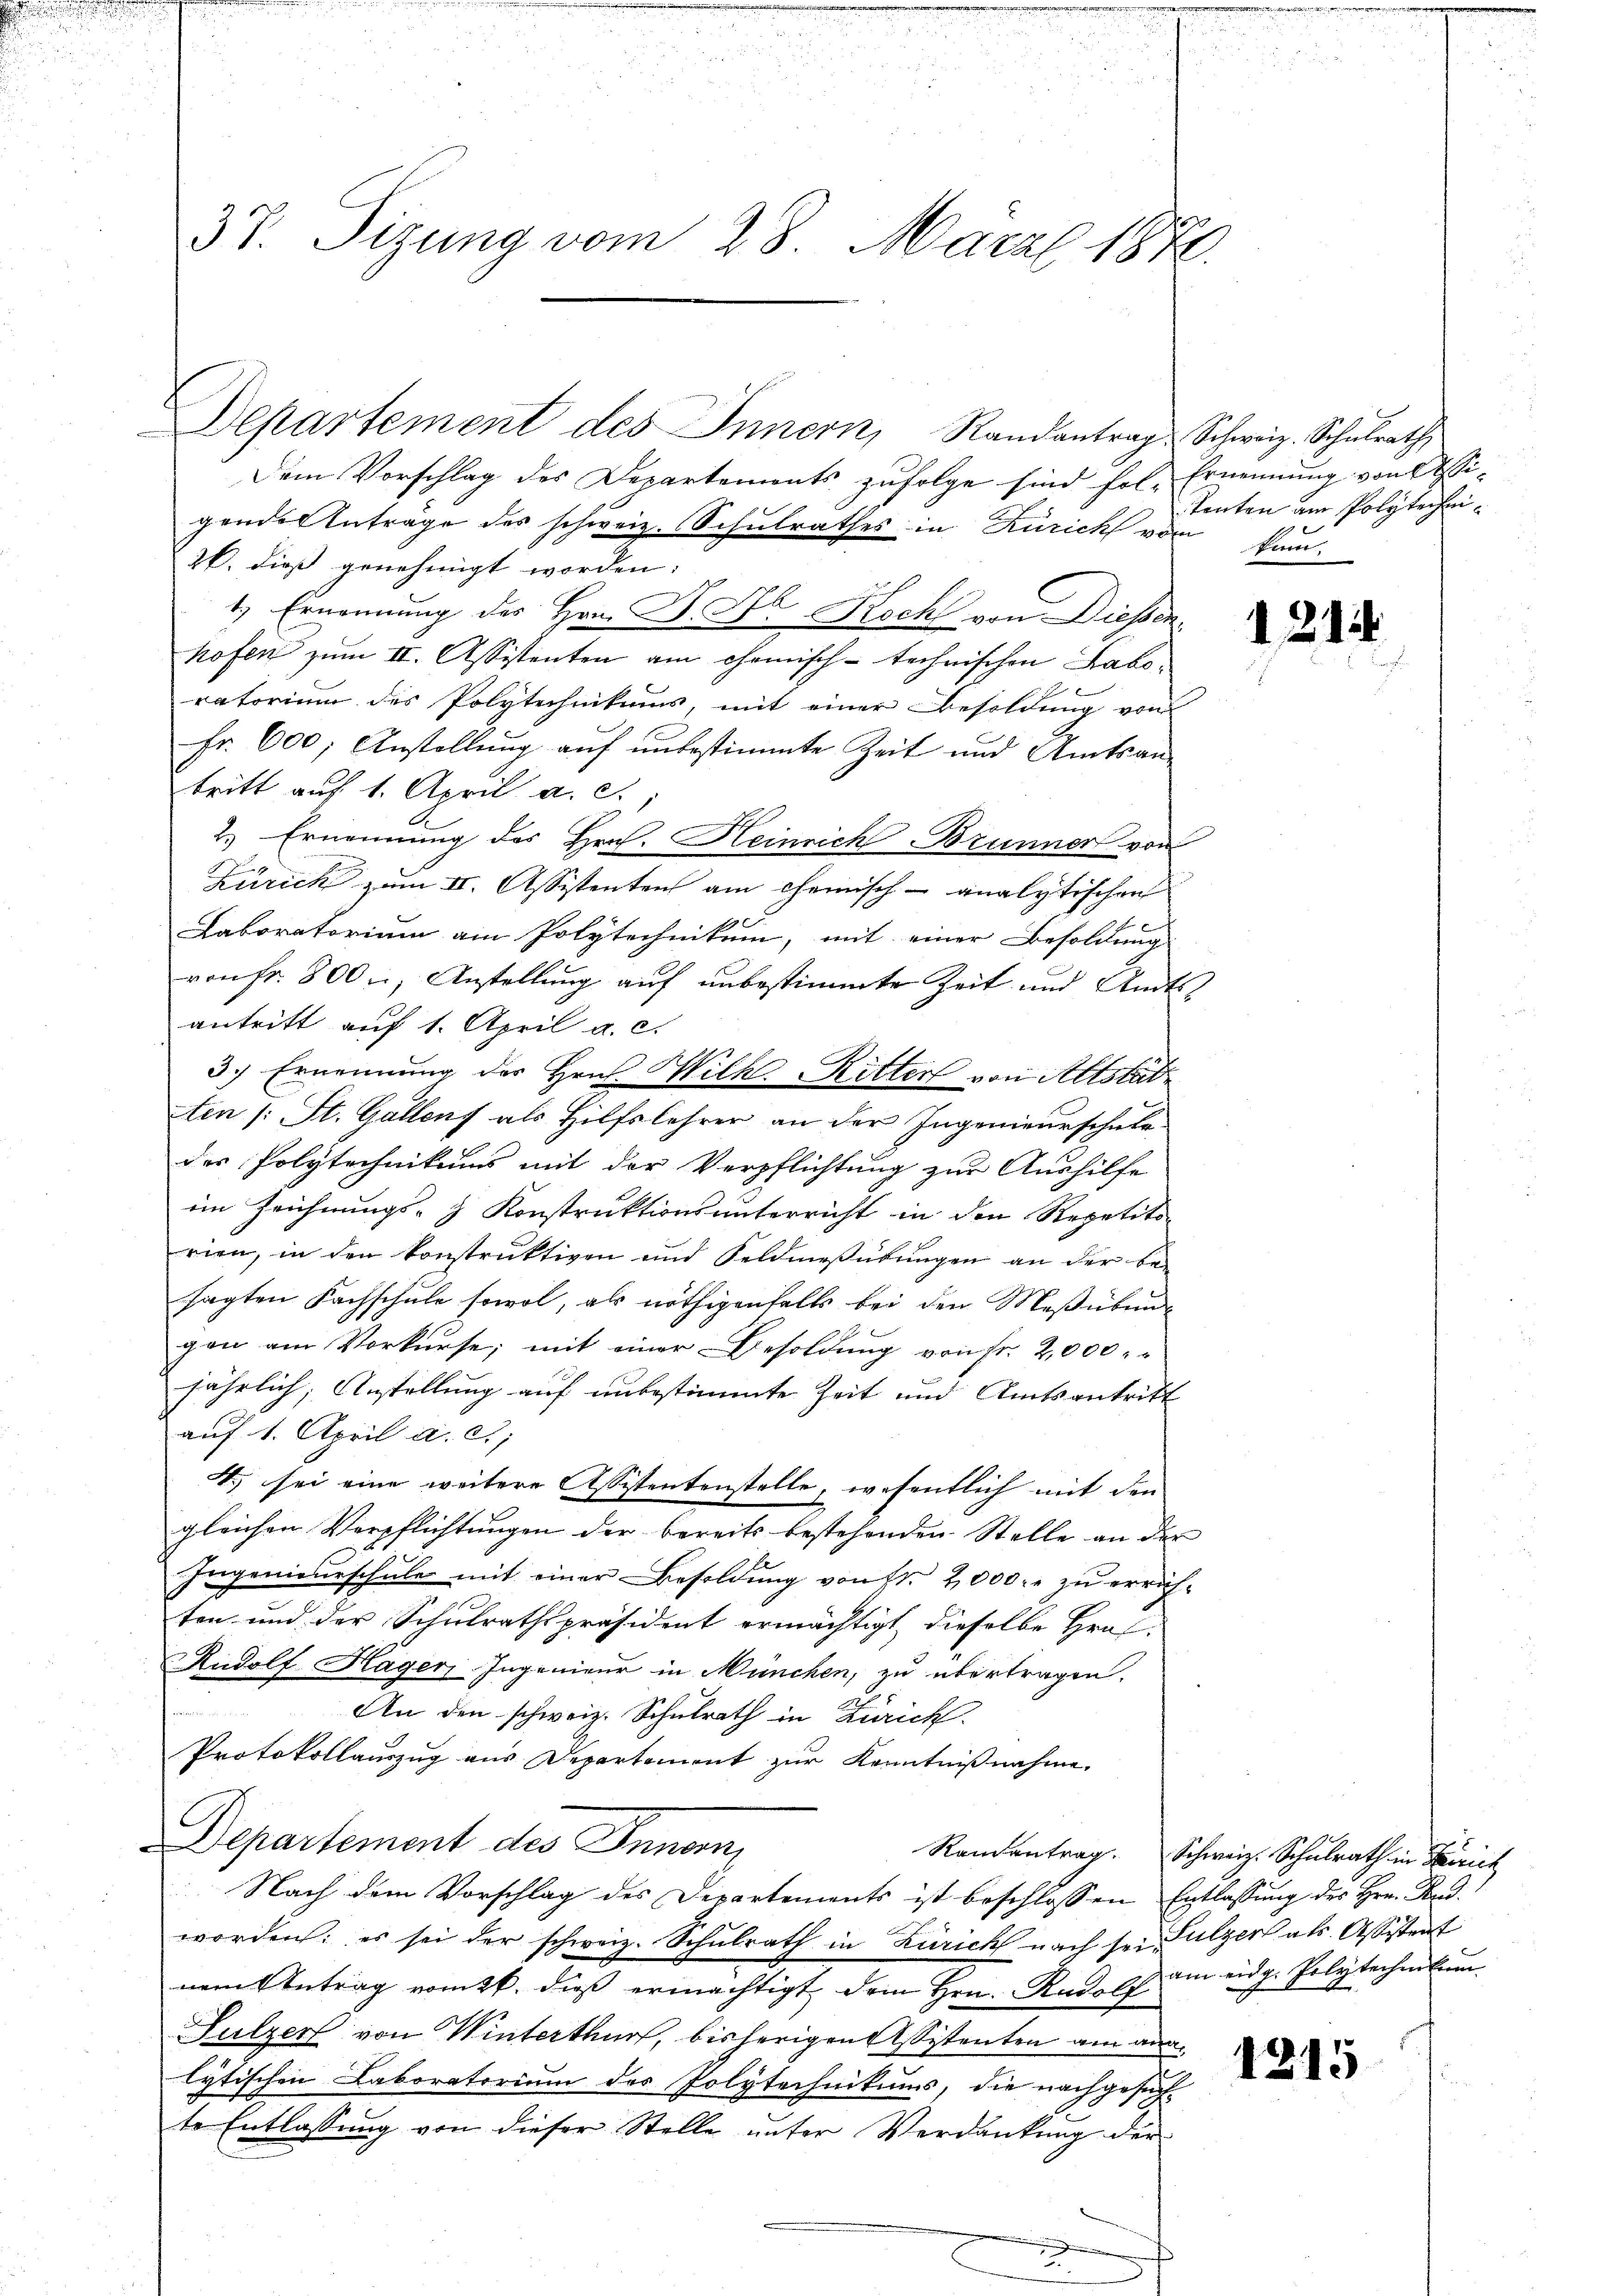
37. Sizung vom 28. März 1870.

Departement des Innern, Randantrag Schweiz. Schŭlrath
Dem Vorschlag des Departements zufolge sind fol-Ernennung von Assigendes Anträge des schweiz. Schulrathes in Zürich von kum-
26. dieß genehmigt worden:
t. Ernennung des Hrn. F. Na Koch von Diesen
hofen zum II. Assistenten am Chemisch-technischen Laboratorium des Polytechnikums, mit einer Besoldung von
Fr. 600; Anstellung auf unbestimmte Zeit und Amtsan-
tritt auf 1. April a. c.,
2.) Ernennung des Hrn. Heinrich Brunner von
Zürich zum II. Assistenten am Chemisch - analytischen
9
Laboratorium am Polytechnikum, mit einer Besoldung
von fr. 800, Anstellung auf unbestimmte Zeit und Amtsantritt auf 1. April a. c.
3.) Ernennung des Hrn. Wilh. Ritter von Altstad
Ein (: St. Gallenf als Hilfslehrer an der Ingenieurschule
des Polytechnikums mit der Verpflichtung zur Aushilfe
ein Zeichnungs- & Konstruktionsunterricht in den Repetits-
rien, in den konstruktiven und Feldmeßübungen an der be-
sagten Fachschule sowol, als nöthigenfalls bei den Meßübung
gen am Vorkurse; mit einer Besoldung von fr. 2,000
jährlich, Anstellung auf unbestimmte Zeit und Amtsantritt
auf 1. April a. c.,
4. sei eine weitere Assistentenstelle, wesentlich mit den
gleichen Verpflichtŭngen der bereits bestehenden Stelle an der
Ingenieurschule mit einer Besoldung von Fr. 2000. zu errichten und der Schulrathspräsident ermächtigt, dieselbe Hrn.
Rudolf Hager-Ingenieur in München, zu übertragen.
n
An den schweiz. Schulrath in Zürich.
Protokollauszug aus Departement zur Kenntnißnahme.
.
Departement des Innern
Nach dem Vorschlag des Departements ist beschlossen Entlassung des Hrn. Handworden: es sei der schweiz. Schulrath in Zürich nach sei Sulzer als Assistent
nem Antrag vom 2t. dieß ermächtigt dem Hrn. Radels am eidg. Polytechnikum
Sulzer von Winterthur, bisherigen Assistenten am auslytischen Laboratorium des Polytechnikums, die nachgesuchte Entlassung von dieser Stelle unter Verdankung der

tenten am Polytechni¬

1211

Randantrag. Schweiz. Schulrath in Zürich

1215